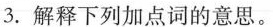
3.解释下列加点词的意思。